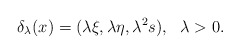
\begin{align*} \begin{aligned} \delta_\lambda(x)=(\lambda\xi,\lambda\eta,\lambda^2 s),~~\lambda>0. \end{aligned}\end{align*}